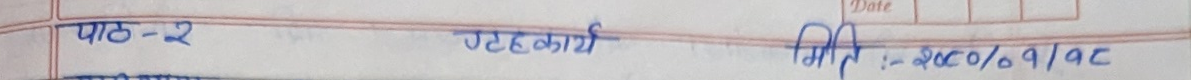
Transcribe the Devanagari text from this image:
पाठ - २ गृहकार्य मिति : २०८०/०१/१८